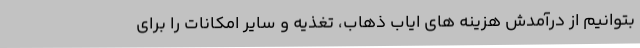
بتوانیم از درآمدش هزینه های ایاب ذهاب، تغذیه و سایر امکانات را برای